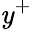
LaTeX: \mathit{y}^{+}